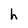
Character: h